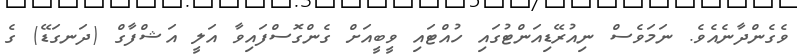
ވެގެންދާނެއެވެ. ނަމަވެސް ނިއުރޭޑިއަންޓުގައި ހުއްޓައި ވީބީއަށް ގެންގޮސްފައިވާ އަލީ އަޝްފާގް (ދަނގަޑޭ) ގެ